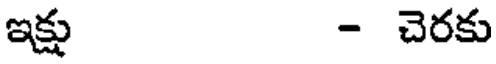
ఇక్షు - చెరకు